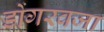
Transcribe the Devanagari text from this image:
डोंगरवजा